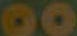
oo